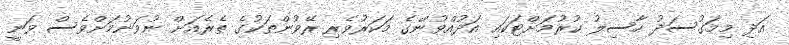
އަދި މިމަގުސަދު ހާސިލު ކުރުމަށްޓަކައި އަދުއްވުންގެ މަކަރުވެރި ރޭވުންތަކުގެ ތެރެއަށް ނުވަނުމަށްވެސް ވަނީ